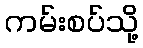
ကမ်းစပ်သို့